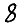
Digit: 8